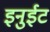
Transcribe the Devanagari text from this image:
इनुईट